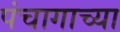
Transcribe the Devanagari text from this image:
पंचागाच्या